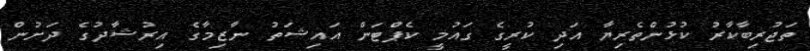
ތަޖުރިބާކާރު ކުޅުންތެރިޔާ އަދި ކުރީގެ ގައުމީ ކެޕްޓަން އައިޝަތު ނާޒިމާގެ އިރުޝާދުގެ ދަށުން